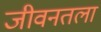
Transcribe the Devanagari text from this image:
जीवनतला